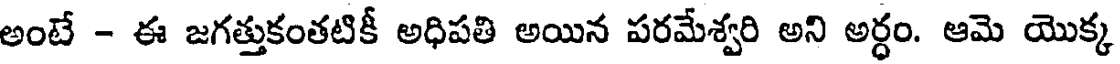
అంటే - ఈ జగత్తుకంతటికీ అధిపతి అయిన పరమేశ్వరి అని అర్ధం. ఆమె యొక్క